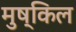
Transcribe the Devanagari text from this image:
मुष्किल